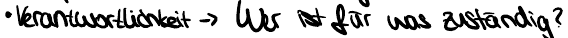
Verantwortlichkeit -> Wer ist für was zuständig?